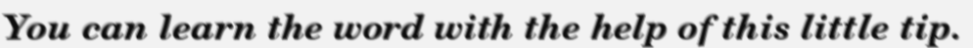
You can learn the word with the help of this little tip.